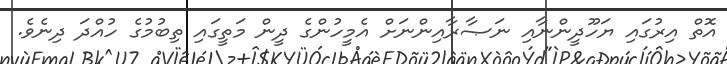
އޮތް އިރުގައި ޔަހޫދީންނާއި ނަޞާރާއިންނަށް އެމީހުންގެ ދީން މަތީގައި ތިބުމުގެ ހުއްދަ ދިނެވެ.